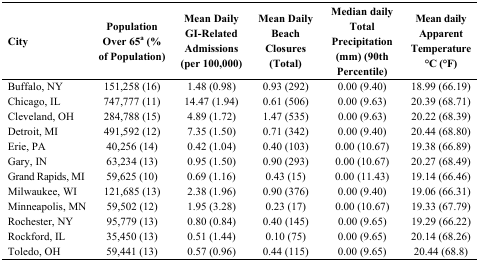
<table><thead><tr><td><b>City</b></td><td><b>Population Over 65<sup>a</sup> (% of Population)</b></td><td><b>Mean Daily GI-Related Admissions (per 100,000)</b></td><td><b>Mean Daily Beach Closures (Total) </b></td><td><b>Median daily Total Precipitation (mm) (90th Percentile) </b></td><td><b>Mean daily Apparent Temperature °C (°F)</b></td></tr></thead><tbody><tr><td>Buffalo, NY</td><td>151,258 (16)</td><td>1.48 (0.98)</td><td>0.93 (292)</td><td>0.00 (9.40)</td><td>18.99 (66.19)</td></tr><tr><td>Chicago, IL</td><td>747,777 (11)</td><td>14.47 (1.94)</td><td>0.61 (506)</td><td>0.00 (9.63)</td><td>20.39 (68.71)</td></tr><tr><td>Cleveland, OH</td><td>284,788 (15)</td><td>4.89 (1.72)</td><td>1.47 (535)</td><td>0.00 (9.63)</td><td>20.22 (68.39)</td></tr><tr><td>Detroit, MI</td><td>491,592 (12)</td><td>7.35 (1.50)</td><td>0.71 (342)</td><td>0.00 (9.40)</td><td>20.44 (68.80)</td></tr><tr><td>Erie, PA</td><td>40,256 (14)</td><td>0.42 (1.04)</td><td>0.40 (103)</td><td>0.00 (10.67)</td><td>19.38 (66.89)</td></tr><tr><td>Gary, IN</td><td>63,234 (13)</td><td>0.95 (1.50)</td><td>0.90 (293)</td><td>0.00 (10.67)</td><td>20.27 (68.49)</td></tr><tr><td>Grand Rapids, MI</td><td>59,625 (10)</td><td>0.69 (1.16)</td><td>0.43 (15)</td><td>0.00 (11.43)</td><td>19.14 (66.46)</td></tr><tr><td>Milwaukee, WI</td><td>121,685 (13)</td><td>2.38 (1.96)</td><td>0.90 (376)</td><td>0.00 (9.40)</td><td>19.06 (66.31)</td></tr><tr><td>Minneapolis, MN</td><td>59,502 (12)</td><td>1.95 (3.28)</td><td>0.23 (17)</td><td>0.00 (10.67)</td><td>19.33 (67.79)</td></tr><tr><td>Rochester, NY</td><td>95,779 (13)</td><td>0.80 (0.84)</td><td>0.40 (145)</td><td>0.00 (9.65)</td><td>19.29 (66.22)</td></tr><tr><td>Rockford, IL</td><td>35,450 (13)</td><td>0.51 (1.44)</td><td>0.10 (75)</td><td>0.00 (9.65)</td><td>20.14 (68.26)</td></tr><tr><td>Toledo, OH</td><td>59,441 (13)</td><td>0.57 (0.96)</td><td>0.44 (115)</td><td>0.00 (9.65)</td><td>20.44 (68.8)</td></tr></tbody></table>